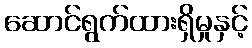
ဆောင်ရွက်ထားရှိမှုနှင့်